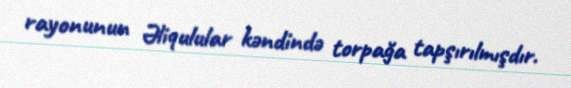
rayonunun Əliqulular kəndində torpağa tapşırılmışdır.